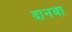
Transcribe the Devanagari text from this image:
दानवा